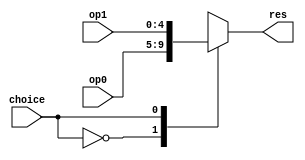
module mux5 (input [4:0] op0, op1,
			 input choice,
			 output reg[4:0] res);
	
	always @(*) 
	begin
		case (choice)
			0: res = op0;
			1: res = op1;
		endcase
	end
endmodule